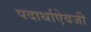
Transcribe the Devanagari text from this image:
पदार्थाऐवजी